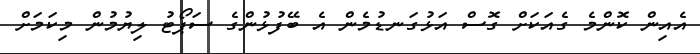
އެއިން ކޮންމެ ގެއަކަށް ގޮސް އަޅުގަނޑުމެން އެ ބޭފުޅުންގެ ސަޕޯޓު ލިޔުމުން މިކަމަށް